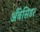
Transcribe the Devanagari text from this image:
अँबेसिडर